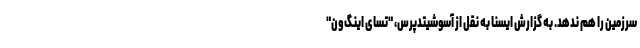
سرزمین را هم ندهد. به گزارش ایسنا به نقل از آسوشیتدپرس، "تسای اینگ‌ون"